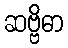
ဆဗ္ဗိဓာ